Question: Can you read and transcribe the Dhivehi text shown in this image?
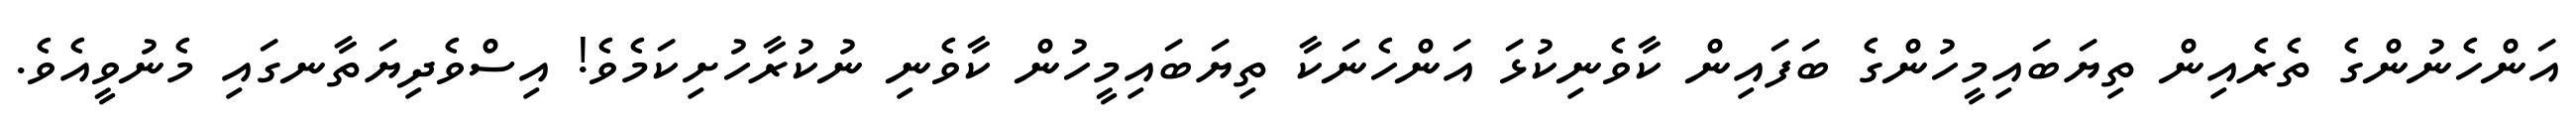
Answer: އަންހެނުންގެ ތެރެއިން ތިޔަބައިމީހުންގެ ބަފައިން ކާވެނިކުޅަ އަންހެނަކާ ތިޔަބައިމީހުން ކާވެނި ނުކުރާހުށިކަމެވެ! އިސްވެދިޔަތާނގައި މެނުވީއެވެ.